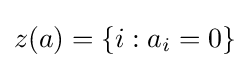
z(a)=\{i:a_{i}=0\}